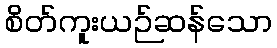
စိတ်ကူးယဉ်ဆန်သော